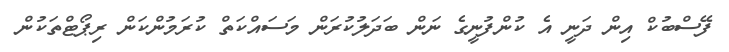
ފޭސްބުކް އިން ދަނީ އެ ކުންފުނީގެ ނަން ބަދަލުކުރަން މަސައްކަތް ކުރަމުންކަން ރިޕޯޓްތަކުން